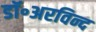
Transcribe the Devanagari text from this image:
डॉ॰अरविन्द